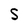
Character: S